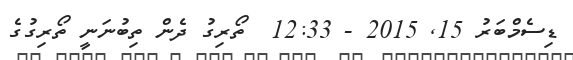
ޑިސެމްބަރު 15